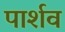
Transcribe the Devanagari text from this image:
पार्शव